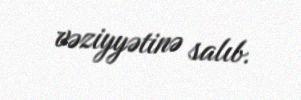
vəziyyətinə salıb.